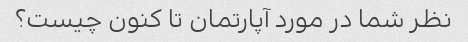
نظر شما در مورد آپارتمان تا کنون چیست؟